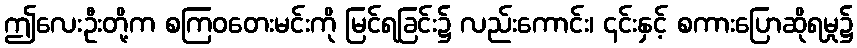
ဤလေးဦးတို့က စကြဝတေးမင်းကို မြင်ရခြင်း၌ လည်းကောင်း၊ ၎င်းနှင့် စကားပြောဆိုရမှု၌